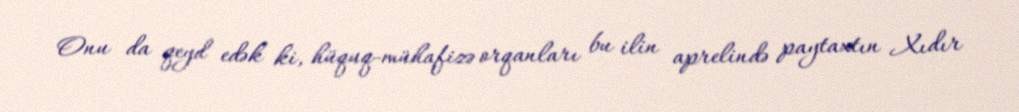
Onu da qeyd edək ki, hüquq-mühafizə orqanları bu ilin aprelində paytaxtın Xıdır